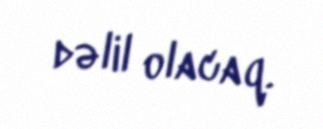
dəlil olacaq.